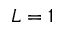
L = 1